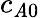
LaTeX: c_{\mathit{A}0}